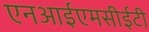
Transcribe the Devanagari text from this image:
एनआईएमसीईटी